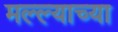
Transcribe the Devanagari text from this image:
मल्ल्याच्या